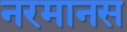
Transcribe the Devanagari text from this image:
नरमानस